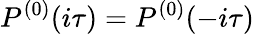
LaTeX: P^{(0)}(i\tau)=P^{(0)}(-i\tau)